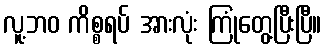
လူ့ဘဝ ကိစ္စရပ် အားလုံး ကြုံတွေ့ပြီးပြီ။